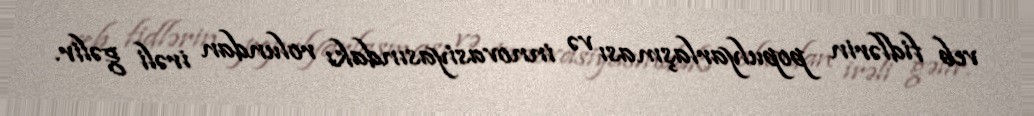
veb fidlərin populyarlaşması və innovasiyasındakı rolundan irəli gəlir.